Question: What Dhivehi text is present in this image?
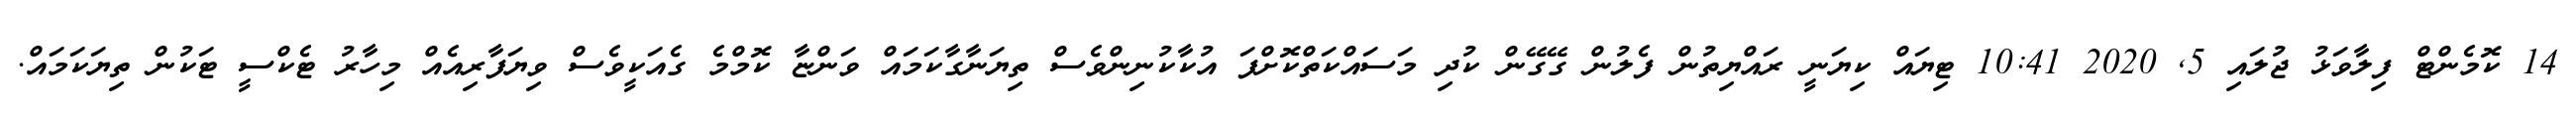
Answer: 14 ކޮމެންޓް ފިލާވަޅު ޖުލައި 5, 2020 10:41 ޓިޔައް ކިޔަނީ ރައްޔިތުން ފެލުން ގޭގޭން ކުދި މަސައްކަތްކޮށްފަ އުކާކުނިންވެސް ތިޔަނާގާކަމައް ވަންޏާ ކޮމްމެ ގެއަކީވެސް ވިޔަފާރިއެއް މިހާރު ޓެކްސީ ޓަކުން ތިޔަކަމައް.